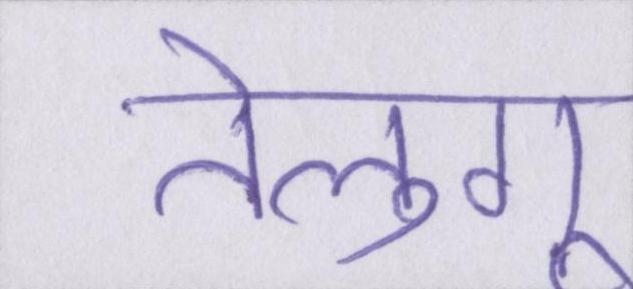
तेलुगू